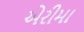
એરીમા